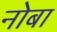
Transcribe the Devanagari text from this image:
नोबा